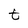
Character: t